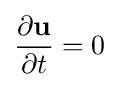
{\frac {\partial \mathbf {u} }{\partial t}}=0